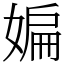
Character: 媥